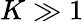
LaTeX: K\gg 1